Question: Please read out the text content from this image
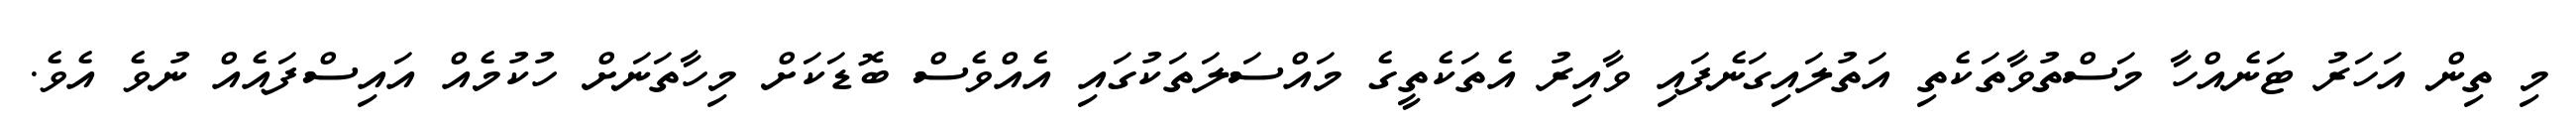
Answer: މި ތިން އަހަރު ޓަނެއްހާ މަސްތުވާތަކެތި އަތުލައިގަނެފައި ވާއިރު އެތަކެތީގެ މައްސަލަތަކުގައި އެއްވެސް ބޮޑަކަށް މިހާތަނަށް ހުކުމެއް އައިސްފައެއް ނުވެ އެވެ.